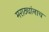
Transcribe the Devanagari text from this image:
मराठ्यांनाच